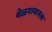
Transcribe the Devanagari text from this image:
बेळगावातला